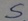
Text: S